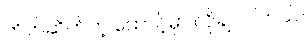
တိတ်ဆိတ်တဲ့ ထောင့်မှာ လိုချင်ပါတယ်။